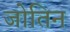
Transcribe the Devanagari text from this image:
जोतिन